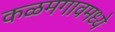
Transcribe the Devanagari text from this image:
कळमगावमध्ये